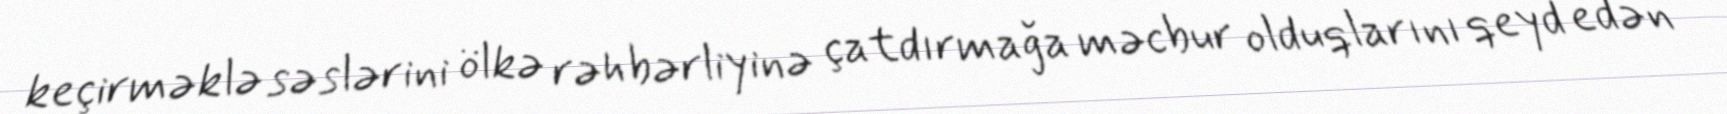
keçirməklə səslərini ölkə rəhbərliyinə çatdırmağa məcbur olduqlarını qeyd edən